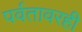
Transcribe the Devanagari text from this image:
पर्वतावरही